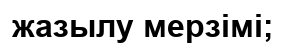
жазылу мерзімі;